Annual report of lunatic asylums [Bombay] - 1912-1922
Year: 1912
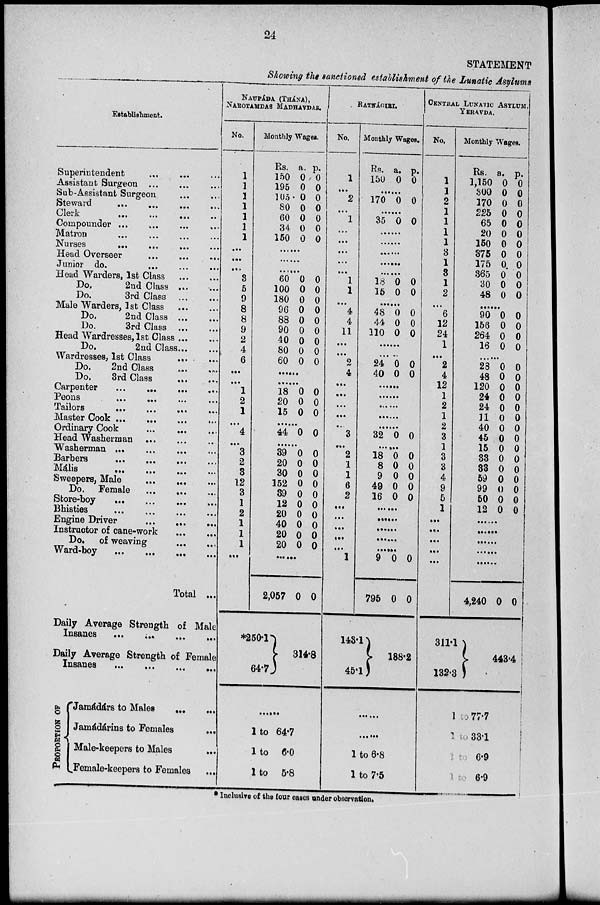
24
STATEMENT
Showing the sanctioned establishment of the Lunatic Asylums
Establishment.
Superintendent ... ... ...
Assistant Surgeon ... ... ...
Sub-Assistant Surgeon
...
...
Steward
...
...
...
...
Clerk
...
...
...
...
Compounder ... ... ... ...
Matron ... ... ... ...
Nurses ... ...
...
...
Head Overseer
...
...
...
Junior do.
... ... ...
Head Warders, 1st Class
...
...
Do.
2nd Class ... ...
Do.
3rd Class
...
...
Male Warders, 1st Class
...
...
Do.
2nd Class
...
...
Do.
3rd Class ... ...
Head Wardresses, 1st Class ... ...
Do.
2nd Class . . . ...
Wardresses, 1st Class ... ...
Do.
2nd Class ... ...
Do.
3rd Class
...
...
Carpenter
...
...
...
...
Peons
...
... ... ...
Tailors
...
...
...
...
Master Cook
...
...
...
...
Ordinary Cook
... ... ...
Head Washerman ... ... ...
Washerman
...
...
...
...
Barbers
...
...
... ...
Mális
...
...
...
...
Sweepers, Male
...
...
...
Do. Female
...
...
...
Store-boy
...
...
...
...
Bhisties
... ... ... ...
Engine Driver ... ... ...
Instructor of cane-work
...
...
Do. of weaving
...
...
Ward-boy ... ... ... ...
Total ...
Daily Average Strength of Male
Insanes
...
...
...
...
Daily Average Strength of Females
Insanes
...
...
...
...
PROPORTION OF
Jamádárs to Males ... ...
Jamádárins to Females ...
Male-keepers to Males ...
Female-keepers to Females ...
NAUPÁDA (THÁNA),
NAROTAMDAS MADHAVDAS.
No.
1
1
1
1
1
1
1
...
...
...
3
5
9
8
8
9
2
4
6
...
...
1
2
1
...
4
....
3
2
3
12
3
1
2
1
1
1
...
...
Monthly Wages.
Rs.
150
195
105
80
60
34
150
a.
0
0
0
0
0
0
0
p.
0
0
0
0
0
0
0
......
......
......
60
100
180
96
88
90
40
80
60
0
0
0
0
0
0
0
0
0
0
0
0
0
0
0
0
0
0
......
......
18
20
15
0
0
0
0
0
0
......
44 0 0
......
39
20
30
152
39
12
20
40
20
20
0
0
0
0
0
0
0
0
0
0
0
0
0
0
0
0
0
0
0
0
......
2,057
*250.1
64.7
0 0
314.8
......
1 to 64.7
1 to 6.0
1 to 5.8
RATNÁGIRI.
No.
1
...
2
...
1
...
...
...
...
...
1
1
...
4
4
11
...
...
2
4
...
...
...
...
...
3
...
2
1
1
6
2
...
...
...
...
...
1
Monthly Wages.
Rs.
150
a.
0
p.
0
......
170 0 0
......
35 0 0
......
......
......
......
......
18
15
0
0
0
0
......
48
44
110
0
0
0
0
0
0
......
......
24
40
0
0
0
0
......
......
......
......
......
32 0 0
......
18
8
9
49
16
0
0
0
0
0
0
0
0
0
0
......
......
......
......
......
9
795
143.1
45.1
0
0
0
0
188.2
......
......
1 to 6.8
1 to 7.5
CENTRAL LUNATIC ASYLUM,
YERAVDA.
No.
1
1
2
1
1
1
1
3
1
3
1
2
...
6
12
24
1
...
2
4
12
1
2
1
2
3
1
3
3
4
9
5
1
...
...
...
...
...
Monthly Wages.
Rs.
1,150
300
170
225
65
20
150
375
175
365
30
48
a.
0
0
0
0
0
0
0
0
0
0
0
0
p.
0
0
0
0
0
0
0
0
0
0
0
0
......
90
156
264
16
0
0
0
0
0
0
0
0
......
28
48
120
24
24
11
40
45
15
33
33
59
99
50
12
0
0
0
0
0
0
0
0
0
0
0
0
0
0
0
0
0
0
0
0
0
0
0
0
0
0
0
0
0
0
......
......
......
......
......
4,240
311.1
132.3
0 0
443.4
1 to 77.7
1 to 33.1
1 to 6.9
1 to 6.9
* Inclusive of the four cases under observation.